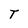
Character: T